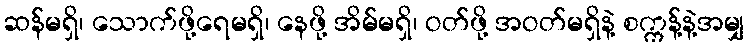
ဆန်မရှိ၊ သောက်ဖို့ရေမရှိ၊ နေဖို့ အိမ်မရှိ၊ ဝတ်ဖို့ အဝတ်မရှိနဲ့ စက္ကန့်နဲ့အမျှ